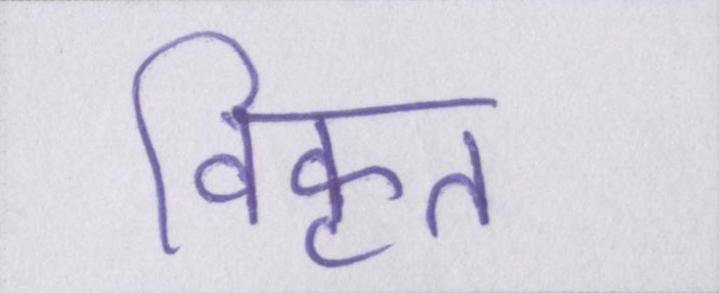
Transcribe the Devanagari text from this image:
विकृत